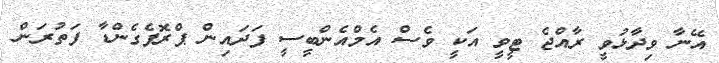
އޭނާ ވިދާޅުވީ ރާއްޖެ ޓީވީ އަކީ ވެސް އެމްއެންބީސީ ފަދައިން ޕްރޮޕެގެންޑާ ފަތުރަން